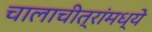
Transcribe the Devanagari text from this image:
चालाचीत्रांमध्ये